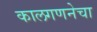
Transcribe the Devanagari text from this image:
कालगणनेचा